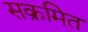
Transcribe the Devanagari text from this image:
सक्रमित